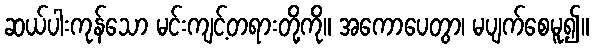
ဆယ်ပါးကုန်သော မင်းကျင့်တရားတို့ကို။ အကောပေတွာ၊ မပျက်စေမူ၍။